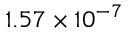
1 . 5 7 \times 1 0 ^ { - 7 }